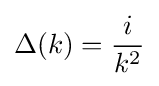
\Delta (k)={\frac {i}{k^{2}}}